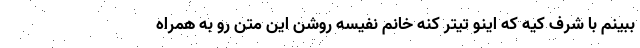
ببینم با شرف کیه که اینو تیتر کنه خانم نفیسه روشن این متن رو به همراه